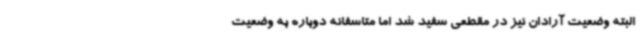
البته وضعیت آرادان نیز در مقطعی سفید شد اما متاسفانه دوباره به وضعیت